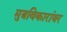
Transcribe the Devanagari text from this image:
मुत्रविकारांवर